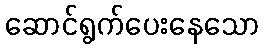
ဆောင်ရွက်ပေးနေသော